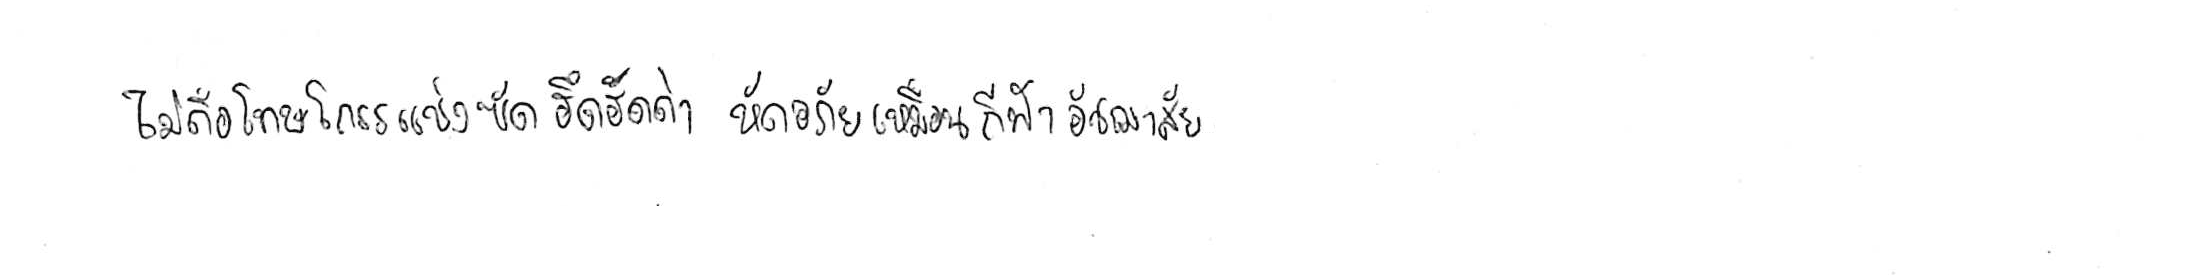
ไม่ถือโทษโกรธแช่งซัดฮึดฮัดด่า หัดอภัยเหมือนกีฬาอัชฌาสัย